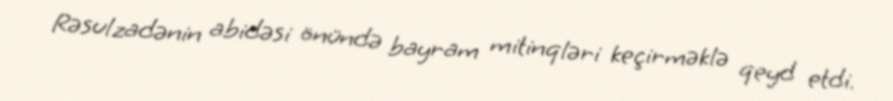
Rəsulzadənin abidəsi önündə bayram mitinqləri keçirməklə qeyd etdi.